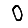
Digit: 0